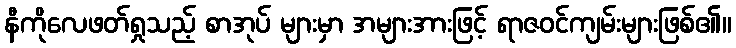
နီကိုလေဖတ်ရှုသည့် စာအုပ် များမှာ အများအားဖြင့် ရာဇဝင်ကျမ်းများဖြစ်၏။